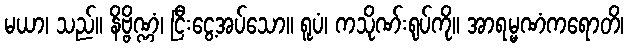
မယာ၊ သည်။ နိဗ္ဗိဏ္ဏံ၊ ငြီးငွေ့အပ်သော။ ရူပံ၊ ကသိုဏ်းရုပ်ကို။ အာရမ္မဏံကရောတိ၊